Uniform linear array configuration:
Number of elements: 4
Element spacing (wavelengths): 0.75
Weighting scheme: hann
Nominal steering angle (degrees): -60
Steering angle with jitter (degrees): -60.6
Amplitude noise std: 0.05
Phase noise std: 0.05

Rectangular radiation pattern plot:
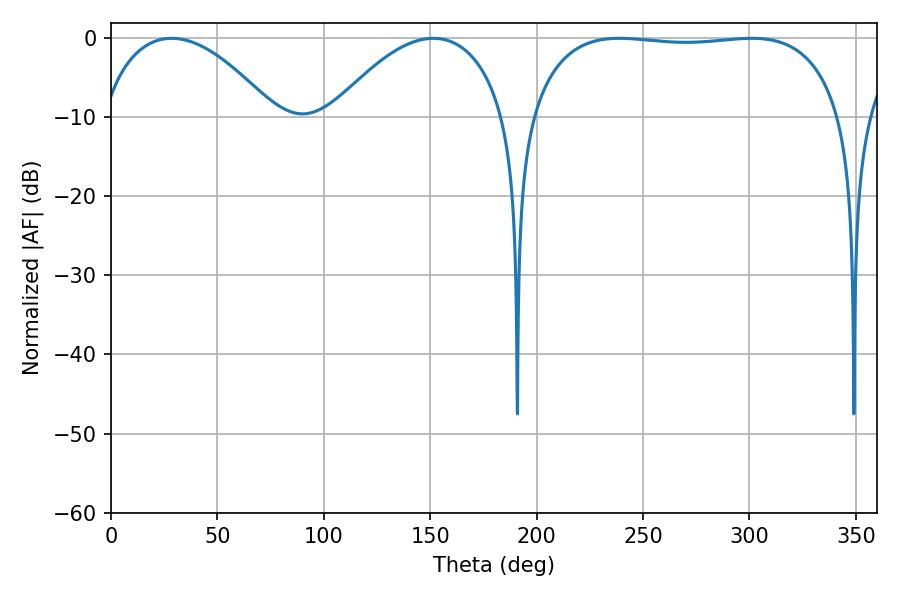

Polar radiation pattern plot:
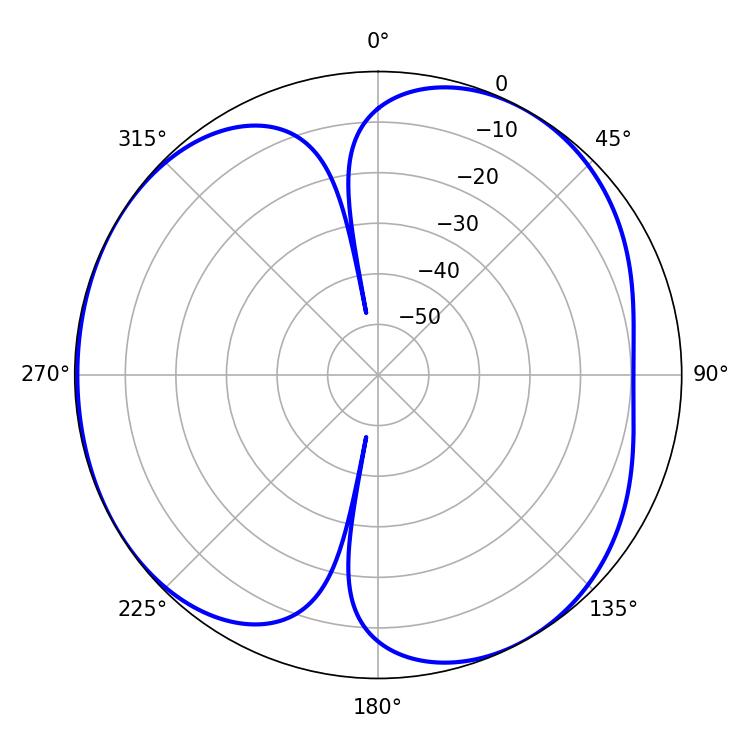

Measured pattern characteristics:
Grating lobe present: TRUE
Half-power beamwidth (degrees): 116.64
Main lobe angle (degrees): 238.86